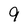
Character: 9